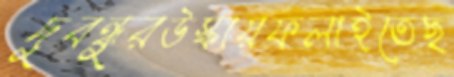
দুবন্ধুরউস্‌কায়ফলাইতেছ